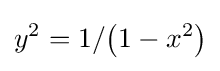
y^{2}={1}/{\left(1-x^{2}\right)}